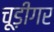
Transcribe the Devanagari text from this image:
चूड़ीगर